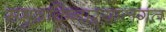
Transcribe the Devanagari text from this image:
समुद्रकिनाऱ्यालगत